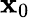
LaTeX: \mathbf{x}_{\mathrm{0}}